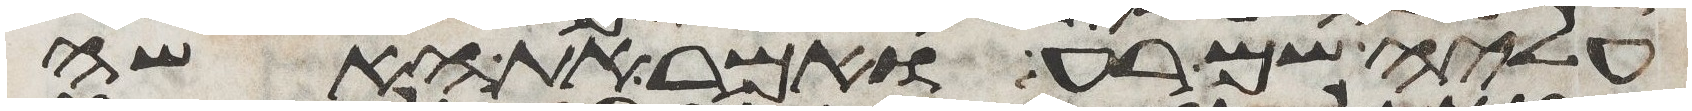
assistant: עליה שם רע ואמר את האשה